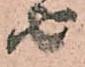
由